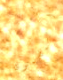
المضمون